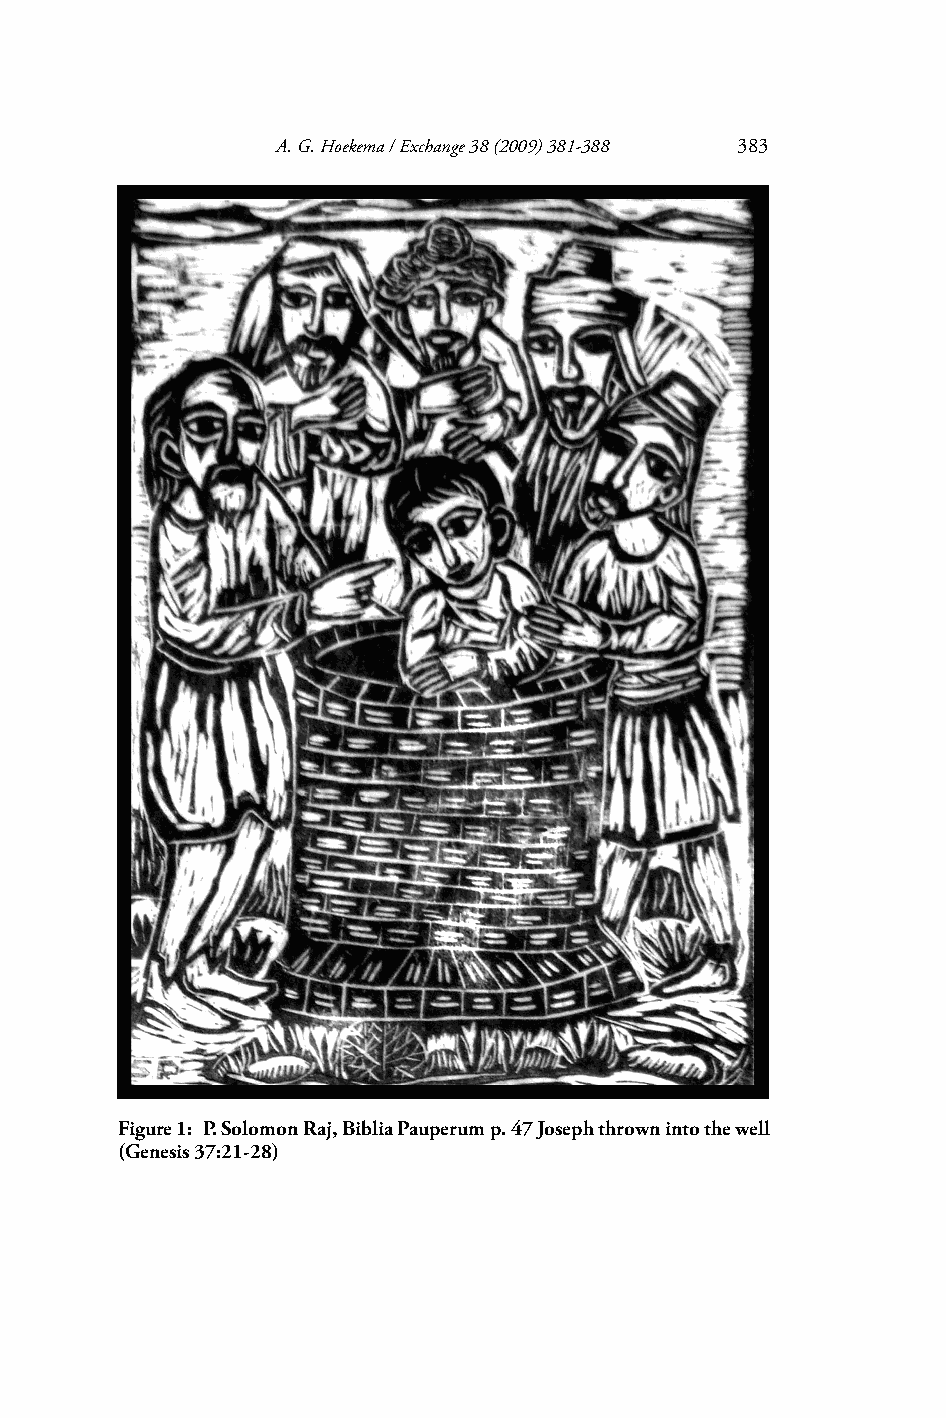
A. G. Hoekema / Exchange 38 (2009) 381-388 383
 Figure 1: P. Solomon Raj, Biblia Pauperum p. 47 Joseph thrown into the well
 (Genesis 37:21-28)